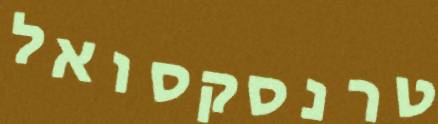
טרנסקסואל